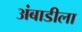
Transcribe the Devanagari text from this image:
अंबाडीला